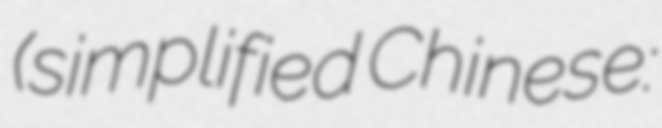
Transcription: (simplified Chinese: